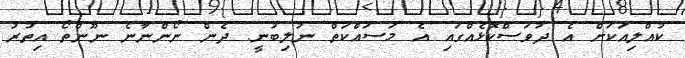
ކުއްލިއަކަށް އެ ދުވަސްކޮޅެއްގައި އެ މަސައްކަތް ނުލިބުނީ. ދެން ނޯންނާނެ ނޫންތޯ އިތުރު